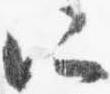
所